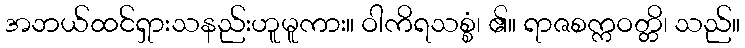
အဘယ်ထင်ရှားသနည်းဟူမူကား။ ဝါကိရသစ္စံ၊ ၏။ ရာဇစက္ကဝတ္တိ၊ သည်။